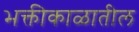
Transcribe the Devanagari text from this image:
भक्तीकाळातील